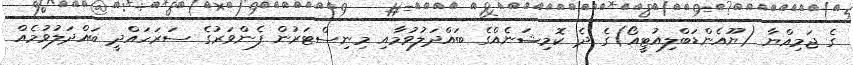
ގެ ޖަމިއްޔާ (ޔޫއެންޑަބްލިއުޓީއޯ)ގެ ދެ ކޮމިޝަނެއްގެ ބައްދަލުވުމާއި މިނިސްޓަރުން ފެންވަރުގެ ސަރަހައްދީ ބައްދަލުވުމެއް